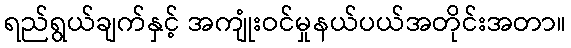
ရည်ရွယ်ချက်နှင့် အကျုံးဝင်မှုနယ်ပယ်အတိုင်းအတာ။